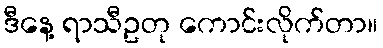
ဒီနေ့ ရာသီဥတု ကောင်းလိုက်တာ။